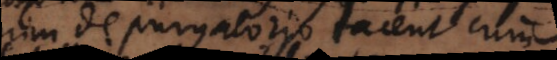
enim de purgatorio tacent cum